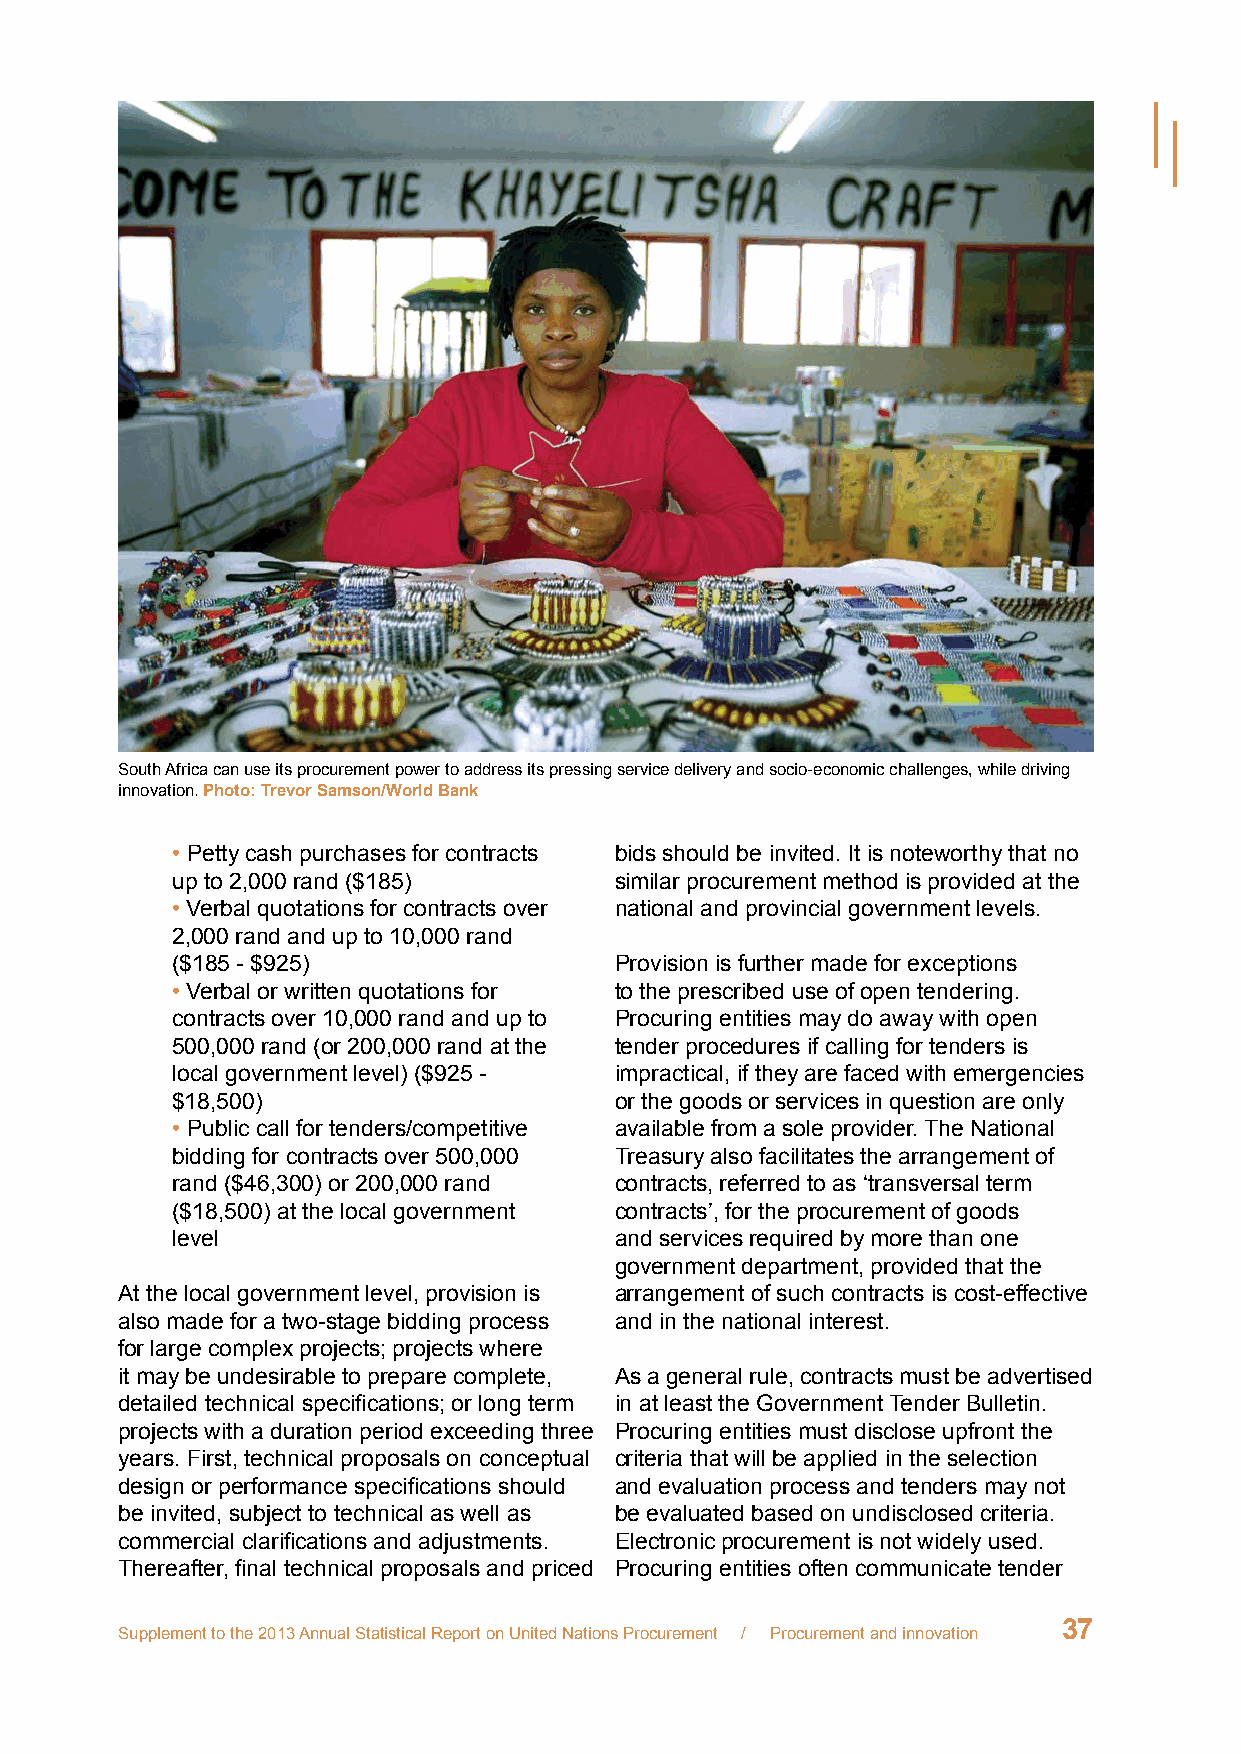
South Africa can use its procurement power to address its pressing service delivery and socio-economic challenges, while driving
 innovation. Photo: Trevor Samson/World Bank
 •   Petty cash purchases for contracts bids should be invited. It is noteworthy that no
 up to 2,000 rand ($185)       similar procurement method is provided at the
 •   Verbal quotations for contracts over national and provincial government levels.
 2,000 rand and up to 10,000 rand
 ($185 - $925)                 Provision is further made for exceptions
 •   Verbal or written quotations for to the prescribed use of open tendering.
 contracts over 10,000 rand and up to Procuring entities may do away with open
 500,000 rand (or 200,000 rand at the tender procedures if calling for tenders is
 local government level) ($925 - impractical, if they are faced with emergencies
 $18,500)                      or the goods or services in question are only
 •   Public call for tenders/competitive available from a sole provider. The National
 bidding for contracts over 500,000 Treasury also facilitates the arrangement of
 rand ($46,300) or 200,000 rand contracts, referred to as ‘transversal term
 ($18,500) at the local government contracts’, for the procurement of goods
 level                         and services required by more than one
 government department, provided that the
 At the local government level, provision is arrangement of such contracts is cost-effective
 also made for a two-stage bidding process and in the national interest.
 for large complex projects; projects where
 it may be undesirable to prepare complete, As a general rule, contracts must be advertised
 detailed technical specifications; or long term in at least the Government Tender Bulletin.
 projects with a duration period exceeding three Procuring entities must disclose upfront the
 years. First, technical proposals on conceptual criteria that will be applied in the selection
 design or performance specifications should and evaluation process and tenders may not
 be invited, subject to technical as well as be evaluated based on undisclosed criteria.
 commercial clarifications and adjustments. Electronic procurement is not widely used.
 Thereafter, final technical proposals and priced Procuring entities often communicate tender
 37
 Supplement to the 2013 Annual Statistical Report on United Nations Procurement / Procurement and innovation